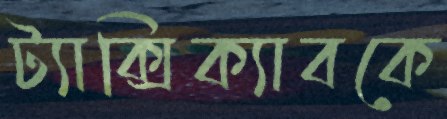
ট্যাক্সিক্যাবকে